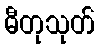
ဓီတုသုတ်